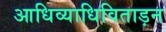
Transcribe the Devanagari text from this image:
आधिव्याधिविताड़न